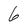
Character: 6